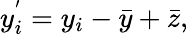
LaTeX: y_{i}^{'}=y_{i}-{\bar{y}}+{\bar{z}},